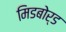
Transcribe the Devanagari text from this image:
मिडबोर्ड